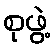
စုဖွဲ့